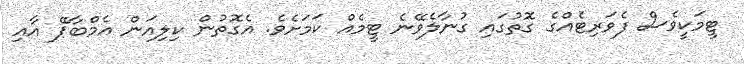
ޓީމަކީވެސް ފެވަރިޓެއްގެ ގޮތުގައި ގުނާލެވޭނެ ޓީމެއް ކަމަށެވެ. އެގޮތުން ކިލިއަން އެމްބާޕޭ އާއި